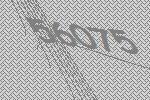
56075